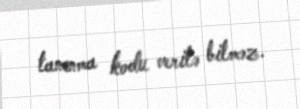
tanınma kodu verilə bilməz.